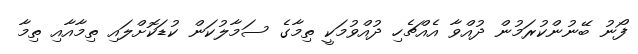
ފޯނު ބޭނުންކުރަމުން ދުއްވާ އެއްޗެހި ދުއްވުމަކީ ތިމާގެ ސަމާލުކަން ކުޑަކޮށްލައި ތިމާއާއި ތިމާ